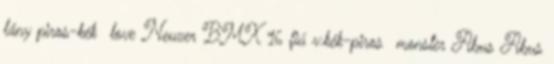
lány piros-kék love Neuzer BMX 16 fiú v.kék-piros monster Abus Abus